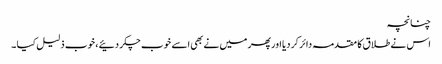
چنانچہ
اس نے طلا ق کا مقدمہ دائر کر دیا اور پھر میں نے بھی اسے خوب چکر دئیے ، خوب ذلیل کیا ۔